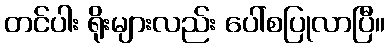
တင်ပါး ရိုးများလည်း ပေါ်စပြုလာပြီ။